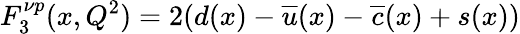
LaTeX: F_{3}^{\nu p}(x,Q^{2})=2(d(x)-\overline{{{u}}}(x)-\overline{{{c}}}(x)+s(x))